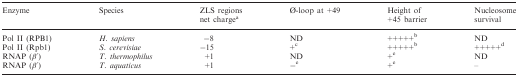
<table><thead><tr><td><b>Enzyme</b></td><td><b>Species</b></td><td><b>ZLS regions net charge<sup>a</sup></b></td><td><b>Ø-loop at +49</b></td><td><b>Height of +45 barrier</b></td><td><b>Nucleosome survival</b></td></tr></thead><tbody><tr><td>Pol II (RPB1)</td><td><i>H. sapiens</i></td><td>−8</td><td>ND</td><td>+++++<sup>b</sup></td><td>ND</td></tr><tr><td>Pol II (Rpb1)</td><td><i>S. cerevisiae</i></td><td>−15</td><td>+<sup>c</sup></td><td>+++++<sup>b</sup></td><td>+++++<sup>d</sup></td></tr><tr><td>RNAP (<i>β</i>′)</td><td><i>T. thermophilus</i></td><td>+1</td><td>ND</td><td>+<sup>e</sup></td><td>ND</td></tr><tr><td>RNAP (<i>β</i>′)</td><td><i>T. aquaticus</i></td><td>+1</td><td>−<sup>e</sup></td><td>+<sup>e</sup></td><td>–</td></tr></tbody></table>